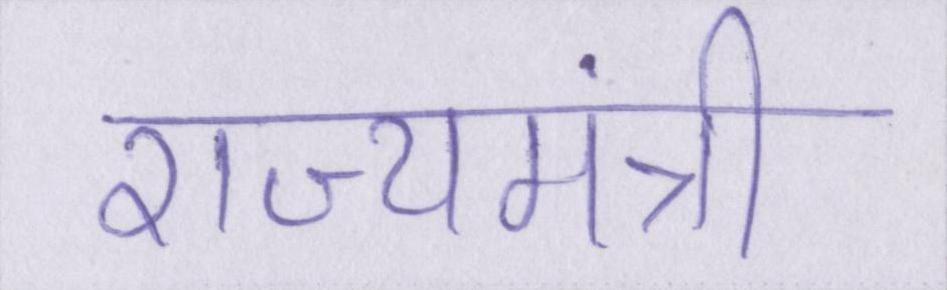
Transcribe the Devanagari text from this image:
राज्यमंत्री